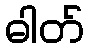
ဓါတ်